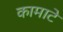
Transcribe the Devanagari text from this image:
कामाटे